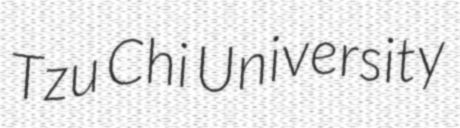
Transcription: Tzu Chi University